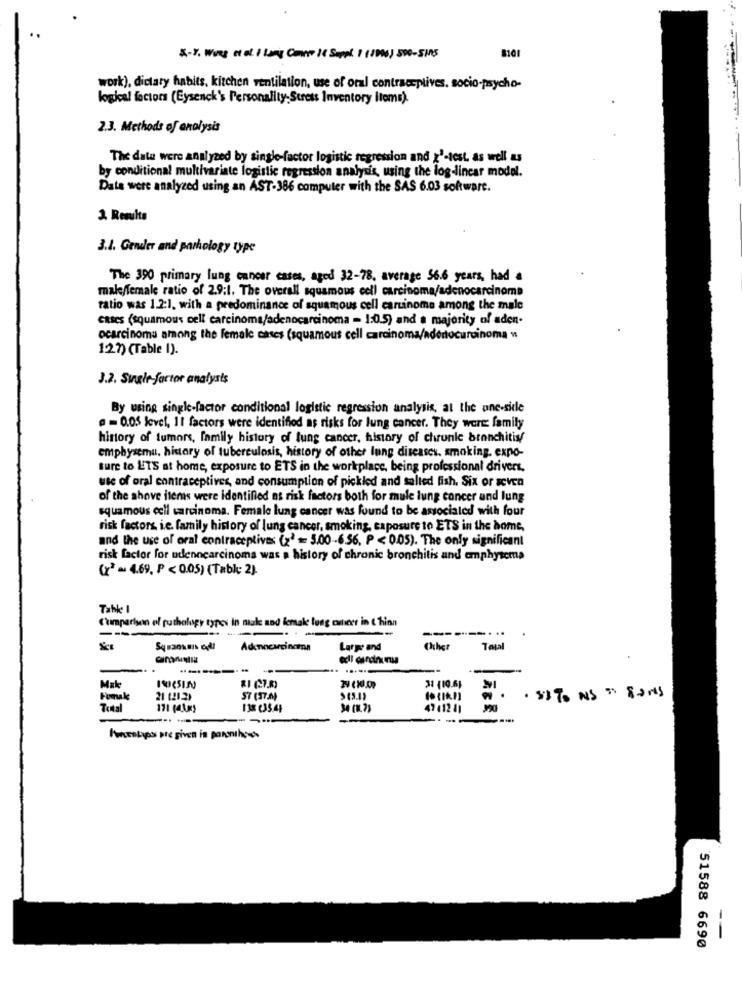
8101
X-Y, Wing et al. I Lang Comme 1( Suppl. I (10%) 590-SMS
work), dietary habits, kitchen ventilation, use of oral contraceptives. socio-psycho-
logical factors (Eysenck's Personality,Stress Inventory items).
2.3. Methods of analysis
The data were analyzed by single-factor logistic regression and z'-test, as well as
by conditional multivariate logistic regression analysis, using the log-lincar model.
Data were analyzed using an AST-386 computer with the SAS 6.03 software.
3. Results
3.1. Gender and pathology type
The 390 primary lung cancer cases, aged 32-78. average 56.6 years, had a
male/female ratio of 2.9:1. The overall squamous cell carcinoma/adenocarcinoma
ratio was 1.2:1, with a predominance of squamous cell carcinome among the male
cases (squamous cell carcinoma/adenocarcinoma - 1:0.5) and a majority of aden-
ocarcinoma among the female cases (squamous cell carcinoma/adertocarcinoma "
1:27) (Table 1).
J.2. Single factor analysis
By using single-factor conditional logistic regression analysis, at the ane-side
@ = 0.05 level, 11 factors were identified as risks for lung cancer. They were: family
history of tumors, family history of lung cancer, history of chrunie bronchitis/
emphysema, history of tuberculosis, history of other lung diseases, smoking. expo-
sure to ETS at home, exposure to ETS in the workplace, being professional drivers,
use of oral contraceptives, and consumption of pickled and salted fish. Six or seven
of the shove items were identified as risk factors both for mule lung cancer und lung
squamous cell carcinoma. Female lung cancer was found to be associated with four
risk factors, i.e. family history of lung cancer, smoking, caposure to ETS in the dome,
and the use of oral contraceptives (22 = 5.00-6.56, P < 0.05). The only significant
risk factor for udenncarcinoma was a history of chronic bronchitis and emphysema
(x3 = 4.69, P < 0.05) (Table 2).
Table I
Comparison of pathology types In male and female lung omteer in & hinn
----
--------...
Adenocarcinoma
Large and
Other
Total
...
--------
Make
Fomake
21 121.2)
57 (37.0)
· SITO NS " SONS
Total
138 235.45
47 412 41
---
-...
Prolaps pre given in pormihos
-
51588 6690